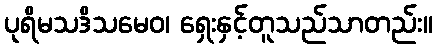
ပုရိမသဒိသမေဝ၊ ရှေးနှင့်တူသည်သာတည်း။